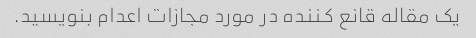
یک مقاله قانع کننده در مورد مجازات اعدام بنویسید.